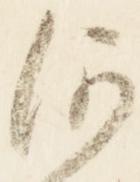
何